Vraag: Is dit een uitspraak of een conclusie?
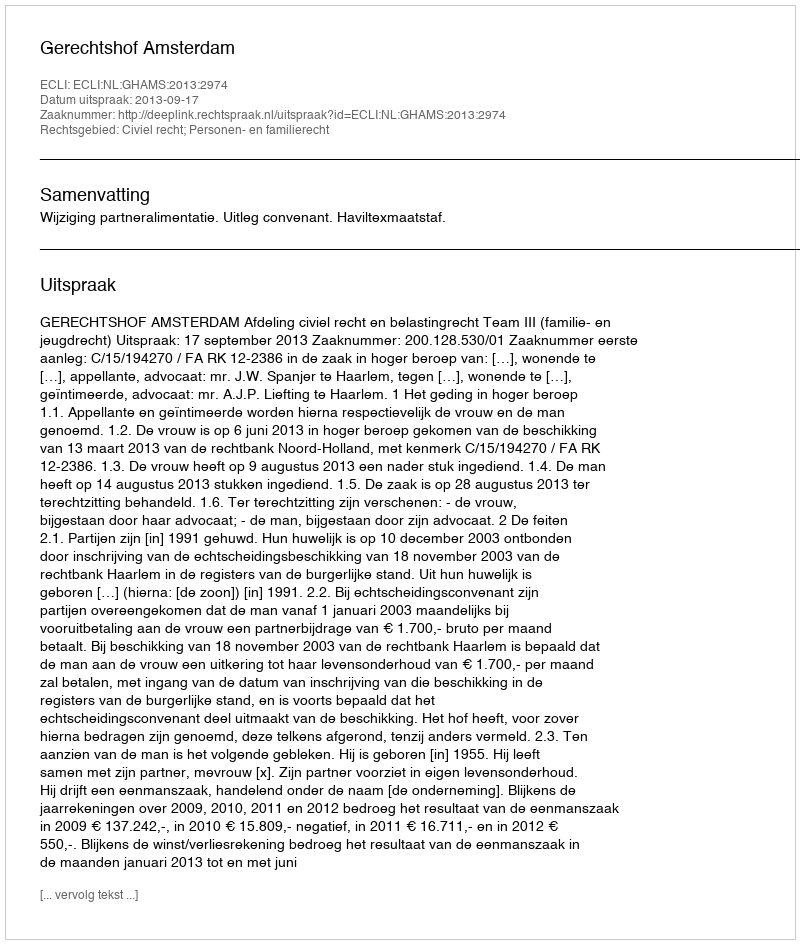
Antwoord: Uitspraak